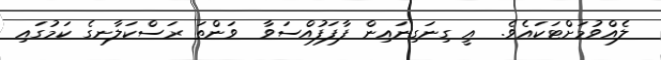
ލެއްވުމަށްޓަކައެވެ.  އީ ގިނަގިނައިން ފާފަފުއްސަވާ  ވަންތަ ރަސްކަލާނގެ ކަމުގައި